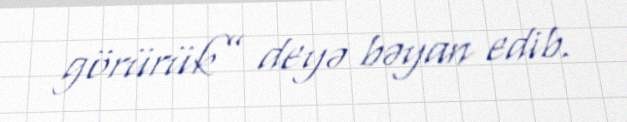
görürük” deyə bəyan edib.